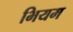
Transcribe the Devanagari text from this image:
भियम